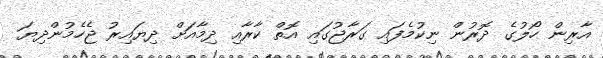
އާރިން ހޯލުގެ ދޮރުން ނިކުމެފައި ގަރާޖުގައި އޮތް ކާރާއި ދިމާއަށް ދިޔައިރު ޖެހެމުންދިޔަ